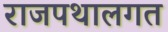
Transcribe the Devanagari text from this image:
राजपथालगत